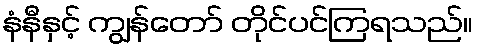
နံနီနှင့် ကျွန်တော် တိုင်ပင်ကြရသည်။